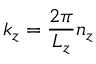
k _ { z } = \frac { 2 \pi } { L _ { z } } n _ { z }